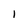
Character: I